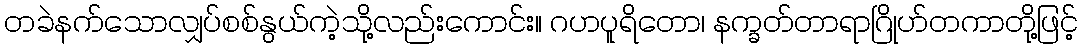
တခဲနက်သောလျှပ်စစ်နွယ်ကဲ့သို့လည်းကောင်း။ ဂဟပူရိတော၊ နက္ခတ်တာရာဂြိုဟ်တကာတို့ဖြင့်